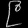
Digit: ၉